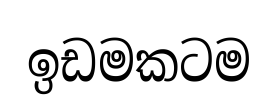
ඉඩමකටම